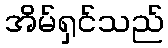
အိမ်ရှင်သည်